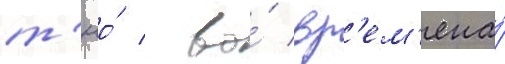
т'юо́ / во́ вр'ем'ена́